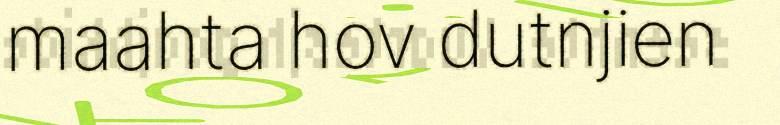
maahta hov dutnjien